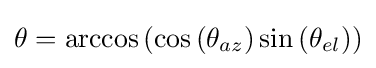
\theta =\arccos \left(\cos \left(\theta _{az}\right)\sin \left(\theta _{el}\right)\right)